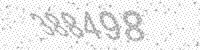
Solution: 388498